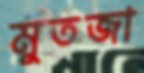
মুতজা